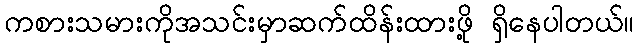
ကစားသမားကိုအသင်းမှာဆက်ထိန်းထားဖို့ ရှိနေပါတယ်။